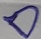
Text: D